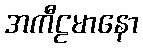
အကီဠမာနော